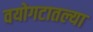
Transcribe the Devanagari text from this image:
वयोगटातल्या